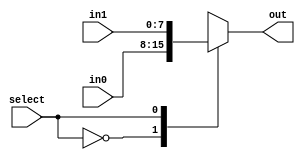
module MUX8 (input select, input [7:0] in0, in1, output reg [7:0] out);
always @(*) begin 
	case (select)
		1'b0 : out = in0;
		1'b1 : out = in1;
	endcase
end
endmodule